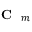
\textrm { \textbf { C } } _ { m }